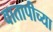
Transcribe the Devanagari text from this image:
वातापीच्या